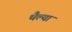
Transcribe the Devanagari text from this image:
थैल्या